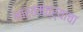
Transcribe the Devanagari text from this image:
भारतमंत्र्याचा